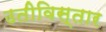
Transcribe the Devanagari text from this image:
उतीविस्तार